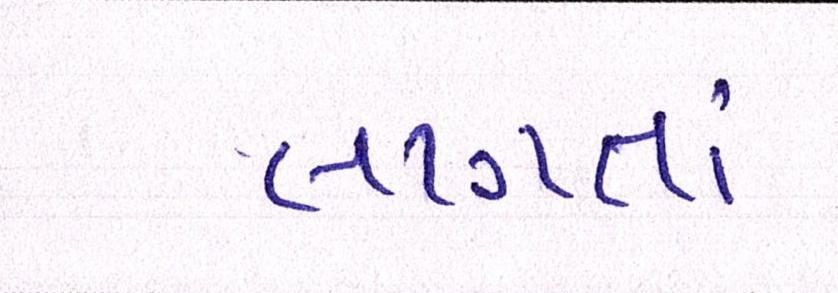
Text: લાગતાં